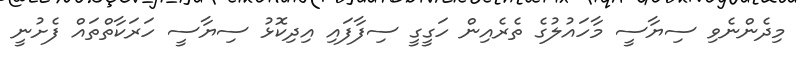
މިދެންނެވި ސިޔާސީ މާހައުލުގެ ތެރެއިން ހަގީގީ ސިފާފައި އިދިކޮޅު ސިޔާސީ ހަރަކާތްތައް ފެށުނީ